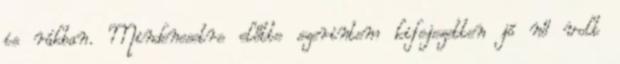
is rákban. Mindenesetre előtte szerintem kifejezetten jó nő volt